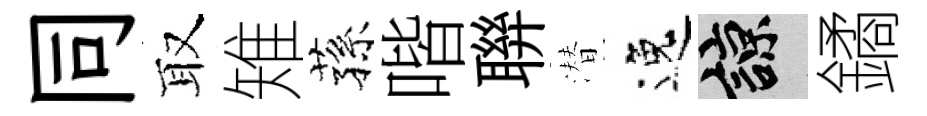
同取雉蓀喈聨潜逸諒鐍